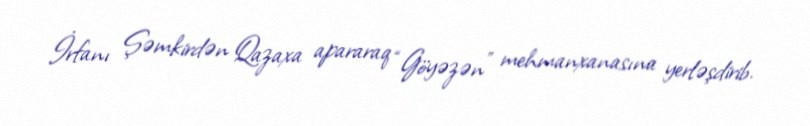
İrfanı Şəmkirdən Qazaxa apararaq “Göyəzən” mehmanxanasına yerləşdirib.